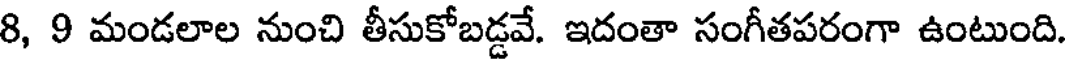
8, 9 మండలాల నుంచి తీసుకోబడ్డవే. ఇదంతా సంగీతపరంగా ఉంటుంది.